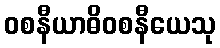
ဝစနီယာဓိဝစနီယေသု